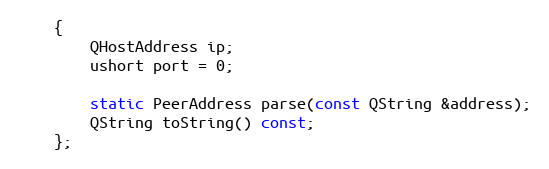
Language: C
    {
        QHostAddress ip;
        ushort port = 0;

        static PeerAddress parse(const QString &address);
        QString toString() const;
    };